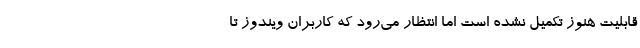
قابلیت هنوز تکمیل نشده است اما انتظار می‌رود که کاربران ویندوز تا